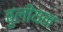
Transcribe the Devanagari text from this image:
बुलीयन